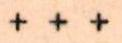
+ + +